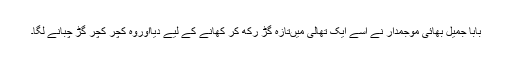
بابا جمیل بھائی موجمدار نے اسے ایک تھالی میںتازہ گُڑ رکھ کر کھانے کے لیے دیااوروہ کچر کچر گُڑ چبانے لگا۔